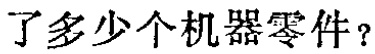
了多少个机器零件？